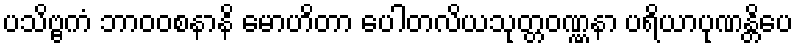
ပသိဗ္ဗကံ ဘာဝဝစနာနိ မောဟိတာ ပေါတလိယသုတ္တဝဏ္ဏနာ ပရိယာပုဏန္တိပေ